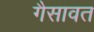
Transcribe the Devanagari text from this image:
गैसावत